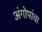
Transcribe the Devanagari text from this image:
अंगोपांचा